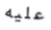
عليه